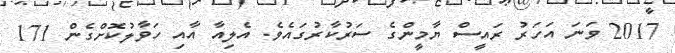
2017 ވަނަ އަހަރު ރައީސް ޔާމީންގެ ސަރުކާރުގައެވެ. އެލިއާ އާއި ހަވާލުކޮށްގެން 171